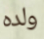
ولده